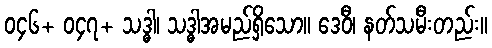
၀၄၆+ ၀၄၇+ သဒ္ဓါ၊ သဒ္ဓါအမည်ရှိသော။ ဒေဝီ၊ နတ်သမီးတည်း။